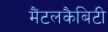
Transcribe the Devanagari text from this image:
मैंटलकैबिटी